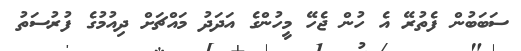
ސަބަބުން ފެތުރޭ އެ ހުން ޖެހޭ މީހުންގެ އަދަދު މައްޗަށް ދިއުމުގެ ފުރުސަތު